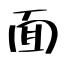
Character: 面